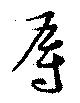
辱